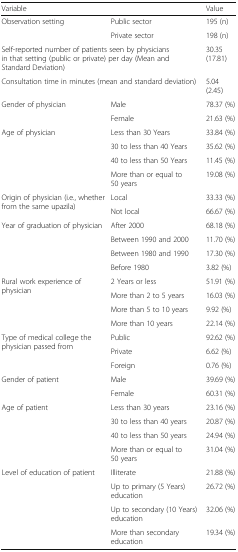
<table><thead><tr><td colspan="2"><b>Variable</b></td><td><b>Value</b></td></tr></thead><tbody><tr><td rowspan="2">Observation setting</td><td>Public sector</td><td>195 (n)</td></tr><tr><td>Private sector</td><td>198 (n)</td></tr><tr><td colspan="2">Self-reported number of patients seen by physicians in that setting (public or private) per day (Mean and Standard Deviation)</td><td>30.35 (17.81)</td></tr><tr><td colspan="2">Consultation time in minutes (mean and standard deviation)</td><td>5.04 (2.45)</td></tr><tr><td rowspan="2">Gender of physician</td><td>Male</td><td>78.37 (%)</td></tr><tr><td>Female</td><td>21.63 (%)</td></tr><tr><td rowspan="4">Age of physician</td><td>Less than 30 Years</td><td>33.84 (%)</td></tr><tr><td>30 to less than 40 Years</td><td>35.62 (%)</td></tr><tr><td>40 to less than 50 Years</td><td>11.45 (%)</td></tr><tr><td>More than or equal to 50 years</td><td>19.08 (%)</td></tr><tr><td rowspan="2">Origin of physician (i.e., whether from the same upazila)</td><td>Local</td><td>33.33 (%)</td></tr><tr><td>Not local</td><td>66.67 (%)</td></tr><tr><td rowspan="4">Year of graduation of physician</td><td>After 2000</td><td>68.18 (%)</td></tr><tr><td>Between 1990 and 2000</td><td>11.70 (%)</td></tr><tr><td>Between 1980 and 1990</td><td>17.30 (%)</td></tr><tr><td>Before 1980</td><td>3.82 (%)</td></tr><tr><td rowspan="4">Rural work experience of physician</td><td>2 Years or less</td><td>51.91 (%)</td></tr><tr><td>More than 2 to 5 years</td><td>16.03 (%)</td></tr><tr><td>More than 5 to 10 years</td><td>9.92 (%)</td></tr><tr><td>More than 10 years</td><td>22.14 (%)</td></tr><tr><td rowspan="3">Type of medical college the physician passed from</td><td>Public</td><td>92.62 (%)</td></tr><tr><td>Private</td><td>6.62 (%)</td></tr><tr><td>Foreign</td><td>0.76 (%)</td></tr><tr><td rowspan="2">Gender of patient</td><td>Male</td><td>39.69 (%)</td></tr><tr><td>Female</td><td>60.31 (%)</td></tr><tr><td rowspan="4">Age of patient</td><td>Less than 30 years</td><td>23.16 (%)</td></tr><tr><td>30 to less than 40 years</td><td>20.87 (%)</td></tr><tr><td>40 to less than 50 years</td><td>24.94 (%)</td></tr><tr><td>More than or equal to 50 years</td><td>31.04 (%)</td></tr><tr><td rowspan="4">Level of education of patient</td><td>Illiterate</td><td>21.88 (%)</td></tr><tr><td>Up to primary (5 Years) education</td><td>26.72 (%)</td></tr><tr><td>Up to secondary (10 Years) education</td><td>32.06 (%)</td></tr><tr><td>More than secondary education</td><td>19.34 (%)</td></tr></tbody></table>